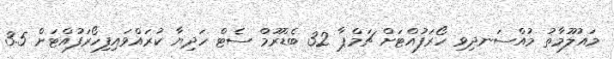
މައުލޫމާތު މުއްސަނދިވި ހޯރަފުއްޓަށް ޗަމްޕާ 32 ބެޑްރޫމް ސެޓް ހަދިޔާ ކުރައްވައިފިހޯރަފުއްޓަށް 3.5